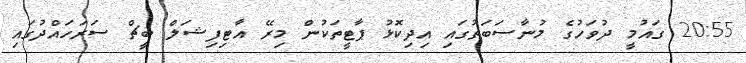
20:55 ގައުމީ ދުވަހުގެ މުނާސަބަތުގައި އިދިކޮޅު ޕާޓީތަކުން މިރޭ އާޓިފިޝަލް ބީޗް ސަރަހައްދުގައި